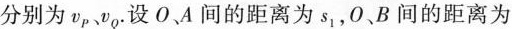
分别为v_{P} v_{Q}。设O、A间的距离为s_{1}，0、B间的距离为